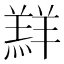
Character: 𮊲